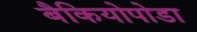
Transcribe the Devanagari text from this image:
बैकियोपोडा